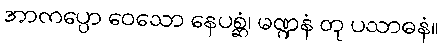
အာကပ္ပော ဝေသော နေပစ္ဆံ၊ မဏ္ဍနံ တု ပသာဓနံ။